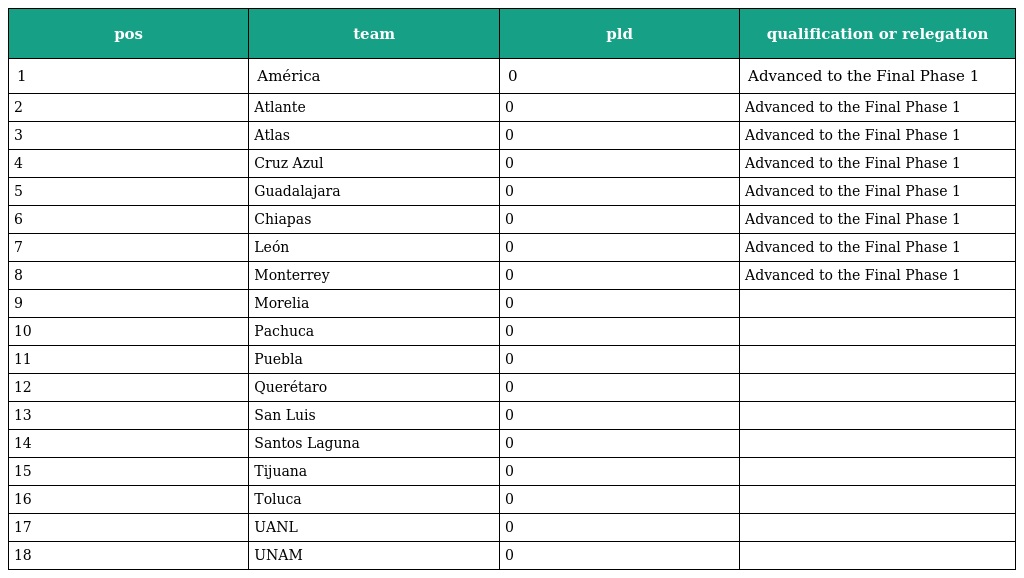
| pos | team | pld | qualification or relegation |
 | --- | --- | --- | --- |
 | 1 | América | 0 | Advanced to the Final Phase 1 |
 | 2 | Atlante | 0 | Advanced to the Final Phase 1 |
 | 3 | Atlas | 0 | Advanced to the Final Phase 1 |
 | 4 | Cruz Azul | 0 | Advanced to the Final Phase 1 |
 | 5 | Guadalajara | 0 | Advanced to the Final Phase 1 |
 | 6 | Chiapas | 0 | Advanced to the Final Phase 1 |
 | 7 | León | 0 | Advanced to the Final Phase 1 |
 | 8 | Monterrey | 0 | Advanced to the Final Phase 1 |
 | 9 | Morelia | 0 |  |
 | 10 | Pachuca | 0 |  |
 | 11 | Puebla | 0 |  |
 | 12 | Querétaro | 0 |  |
 | 13 | San Luis | 0 |  |
 | 14 | Santos Laguna | 0 |  |
 | 15 | Tijuana | 0 |  |
 | 16 | Toluca | 0 |  |
 | 17 | UANL | 0 |  |
 | 18 | UNAM | 0 |  |